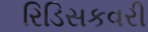
રિડિસકવરી